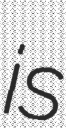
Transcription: is